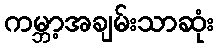
ကမ္ဘာ့အချမ်းသာဆုံး